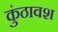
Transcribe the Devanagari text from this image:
कुंठावश